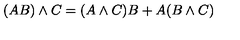
( A B ) \wedge C = ( A \wedge C ) B + A ( B \wedge C )